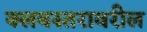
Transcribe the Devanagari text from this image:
क्लबस्तरावरील